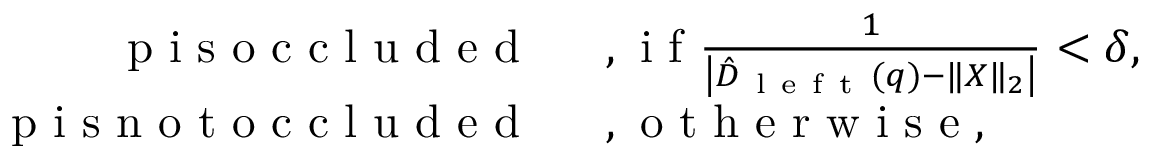
\begin{array} { r l } { \mathrm { ~ p ~ i ~ s ~ o ~ c ~ c ~ l ~ u ~ d ~ e ~ d ~ } \, } & { { } \mathrm { ~ , ~ i ~ f ~ } \frac { 1 } { \left| \hat { D } _ { \mathrm { ~ l ~ e ~ f ~ t ~ } } ( q ) - \| X \| _ { 2 } \right| } < \delta , } \\ { \mathrm { ~ p ~ i ~ s ~ n ~ o ~ t ~ o ~ c ~ c ~ l ~ u ~ d ~ e ~ d ~ } \, } & { { } \mathrm { ~ , ~ o ~ t ~ h ~ e ~ r ~ w ~ i ~ s ~ e ~ } , } \end{array}